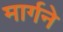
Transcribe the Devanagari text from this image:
मार्गने